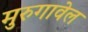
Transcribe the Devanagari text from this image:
मुरुगावेल